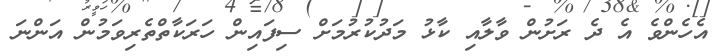
އެހެންވެ އެ ދެ ރަށުން ވާލާއި ކާޅު މަދުކުރުމަށް ސިފައިން ހަރަކާތްތެރިވަމުން އަންނަ